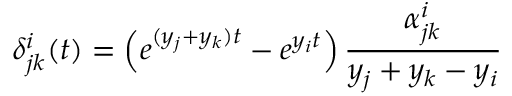
\delta _ { j k } ^ { i } ( t ) = \left( e ^ { ( y _ { j } + y _ { k } ) t } - e ^ { y _ { i } t } \right) \frac { \alpha _ { j k } ^ { i } } { y _ { j } + y _ { k } - y _ { i } }